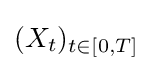
(X_{t})_{t\in [0,T]}\,\!